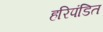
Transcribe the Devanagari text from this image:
हरिपंडित